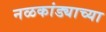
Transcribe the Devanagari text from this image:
नळकांड्याच्या